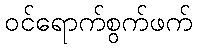
ဝင်ရောက်စွက်ဖက်